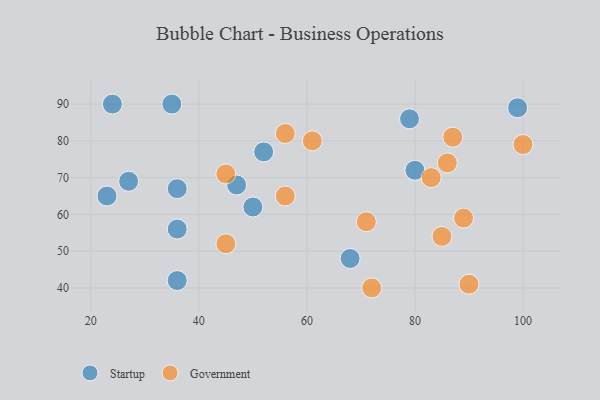
{"axis": {"x": "GDP", "y": "Life Expectancy"}, "legend": ["Government", "Startup"], "data": [{"x": "27", "y": 69, "type": "Startup"}, {"x": "99", "y": 89, "type": "Startup"}, {"x": "50", "y": 62, "type": "Startup"}, {"x": "35", "y": 90, "type": "Startup"}, {"x": "24", "y": 90, "type": "Startup"}, {"x": "36", "y": 56, "type": "Startup"}, {"x": "68", "y": 48, "type": "Startup"}, {"x": "79", "y": 86, "type": "Startup"}, {"x": "47", "y": 68, "type": "Startup"}, {"x": "23", "y": 65, "type": "Startup"}, {"x": "52", "y": 77, "type": "Startup"}, {"x": "36", "y": 42, "type": "Startup"}, {"x": "36", "y": 67, "type": "Startup"}, {"x": "80", "y": 72, "type": "Startup"}, {"x": "71", "y": 58, "type": "Government"}, {"x": "89", "y": 59, "type": "Government"}, {"x": "56", "y": 82, "type": "Government"}, {"x": "100", "y": 79, "type": "Government"}, {"x": "86", "y": 74, "type": "Government"}, {"x": "72", "y": 40, "type": "Government"}, {"x": "85", "y": 54, "type": "Government"}, {"x": "45", "y": 52, "type": "Government"}, {"x": "56", "y": 65, "type": "Government"}, {"x": "87", "y": 81, "type": "Government"}, {"x": "83", "y": 70, "type": "Government"}, {"x": "90", "y": 41, "type": "Government"}, {"x": "61", "y": 80, "type": "Government"}, {"x": "45", "y": 71, "type": "Government"}]}